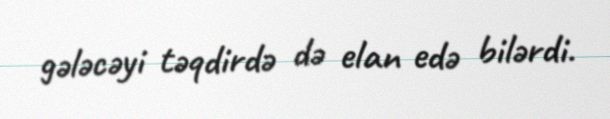
gələcəyi təqdirdə də elan edə bilərdi.